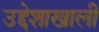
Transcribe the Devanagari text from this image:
उद्देशाखाली